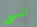
تنسى